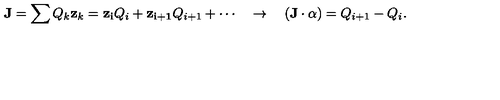
{ \bf J } = \sum Q _ { k } { \bf z } _ { k } = { \bf z _ { i } } Q _ { i } + { \bf z _ { i + 1 } } Q _ { i + 1 } + \cdots \quad \to \quad ( { \bf J } \cdot \alpha ) = Q _ { i + 1 } - Q _ { i } .